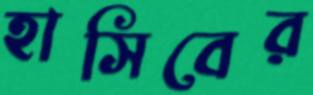
হাসিবের